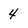
Character: 4